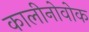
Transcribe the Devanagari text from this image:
कालीनोवोक